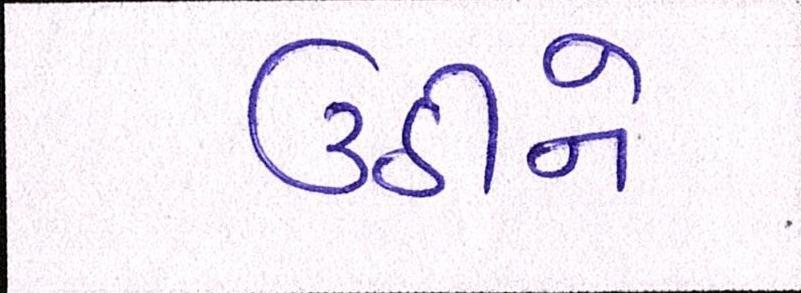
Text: ઉઠીને